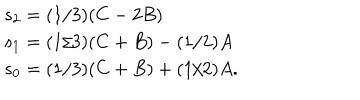
\begin{array} { l } { { s _ { 2 } = ( 1 / 3 ) ( C - 2 B ) } } \\ { { s _ { 1 } = ( 1 / 3 ) ( C + B ) - ( 1 / 2 ) A } } \\ { { s _ { 0 } = ( 1 / 3 ) ( C + B ) + ( 1 / 2 ) A . } } \\ \end{array}